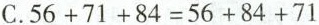
C.$$5 6 + 7 1 + 8 4 = 5 6 + 8 4 + 7 1$$